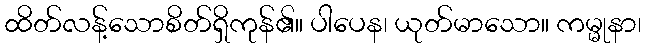
ထိတ်လန့်သောစိတ်ရှိကုန်၏။ ပါပေန၊ ယုတ်မာသော။ ကမ္မုနာ၊